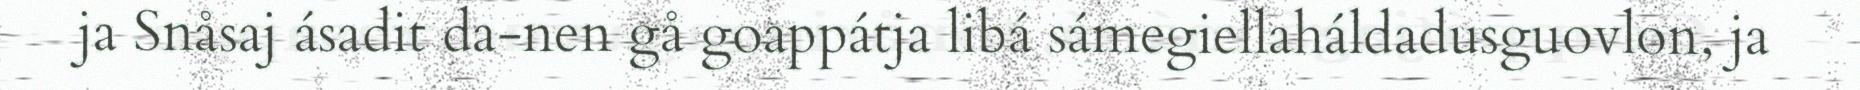
ja Snåsaj ásadit da-nen gå goappátja libá sámegiellaháldadusguovlon, ja